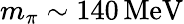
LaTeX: m_{\pi}\sim 140\, \mathrm{MeV}